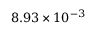
8 . 9 3 \times 1 0 ^ { - 3 }